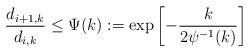
LaTeX: \begin{align*}\frac{d_{i+1,k}}{d_{i,k}} \leq \Psi(k):=\exp\left[-\frac{k}{2\psi^{-1}(k)}\right]\end{align*}